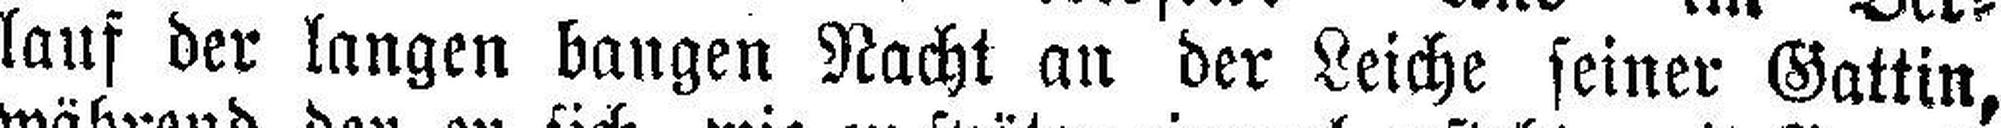
lauf der langen bangen Nacht an der Leiche seiner Gattin,